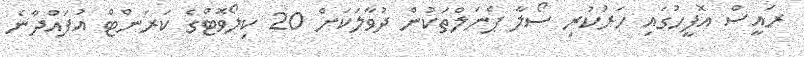
ރައީސް އޮފީހުގައި ހަރުކުރި ސޯލާ ޕެނަލްތަކުން ދުވާލަކަށް 20 ކިލޯވޮޓްގެ ކަރަންޓް އުފައްދާނެ